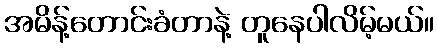
အမိန့်တောင်းခံတာနဲ့ တူနေပါလိမ့်မယ်။